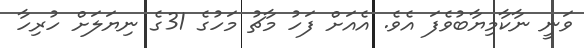
ވަނީ ނާކާމިޔާބުވެފަ އެވެ. އެއަށް ފަހު މާޗު މަހުގެ 31ގެ ނިޔަލަށް ހުރިހާ